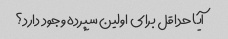
آیا حداقل برای اولین سپرده وجود دارد؟